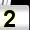
Digit: 2